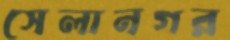
সেলানগর